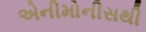
એનીમોનીસથી